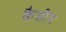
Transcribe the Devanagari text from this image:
कैसीन